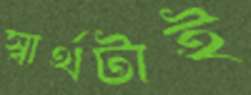
স্বার্থটাই